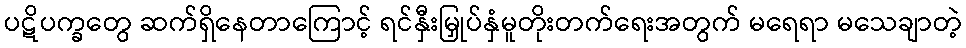
ပဋိပက္ခတွေ ဆက်ရှိနေတာကြောင့် ရင်နှီးမြှုပ်နှံမူတိုးတက်ရေးအတွက် မရေရာ မသေချာတဲ့